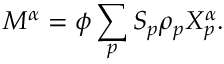
M ^ { \alpha } = \phi \sum _ { p } S _ { p } \rho _ { p } X _ { p } ^ { \alpha } .